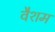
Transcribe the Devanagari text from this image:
वैशम